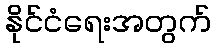
နိုင်ငံရေးအတွက်